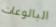
البالوعات